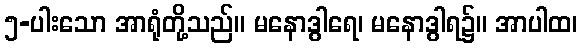
၅-ပါးသော အာရုံတို့သည်။ မနောဒွါရေ၊ မနောဒွါရ၌။ အာပါထ၊